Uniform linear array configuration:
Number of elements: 32
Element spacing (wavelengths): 0.75
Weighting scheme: cosine
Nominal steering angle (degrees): -60
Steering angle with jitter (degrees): -60.872
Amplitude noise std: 0.05
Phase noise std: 0.05

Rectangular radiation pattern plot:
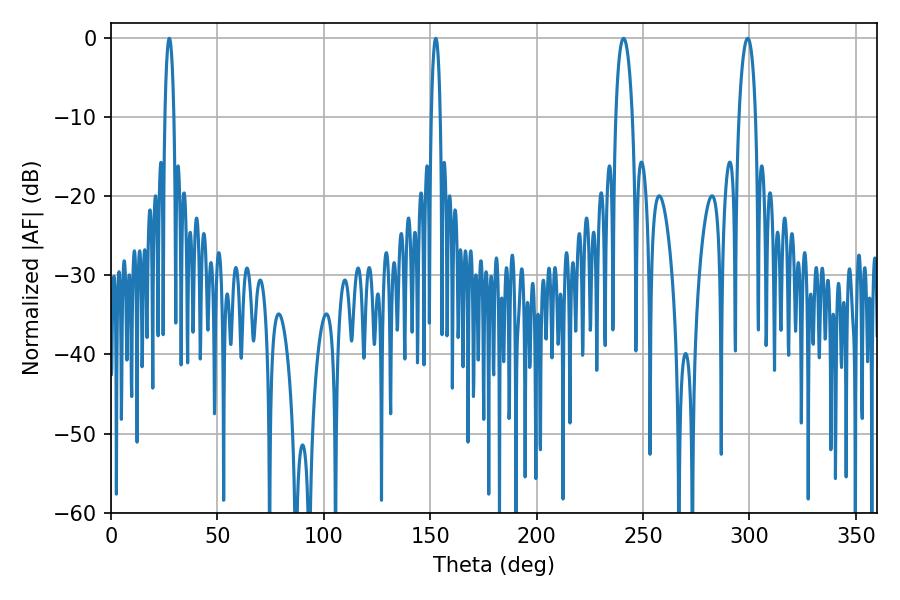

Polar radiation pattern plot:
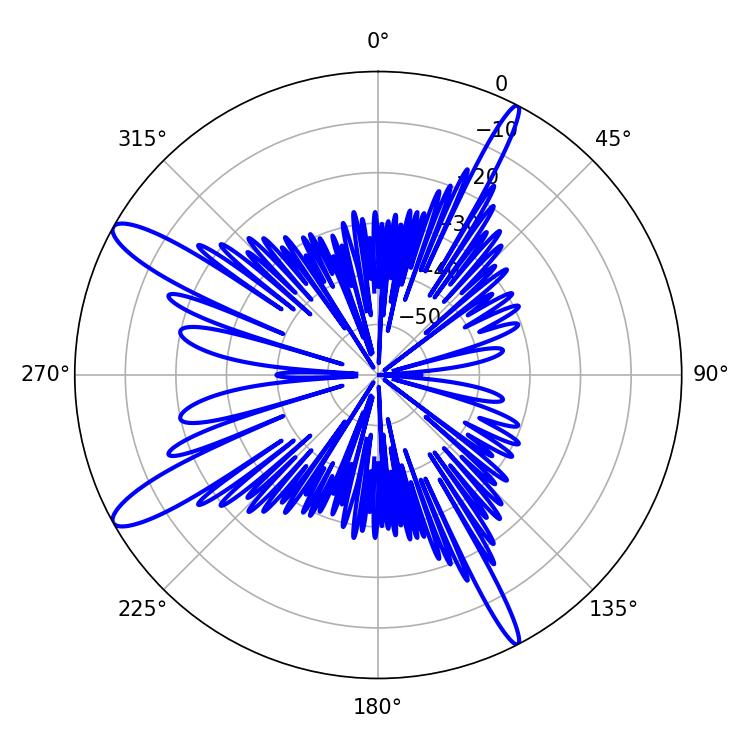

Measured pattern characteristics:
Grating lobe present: TRUE
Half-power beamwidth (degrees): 4.5
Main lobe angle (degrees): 299.16